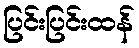
ပြင်းပြင်းထန်